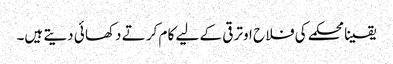
یقینا محکمے کی فلا ح اوتر قی کے لیے کا م کر تے دکھا ئی دیتے ہیں۔